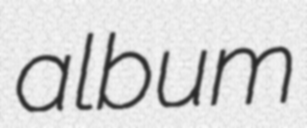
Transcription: album